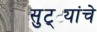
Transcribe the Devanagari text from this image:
सुट्ट्यांचे